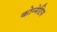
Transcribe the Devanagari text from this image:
कोन्नेटिन